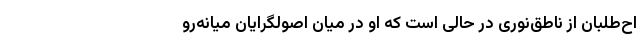
اح‌طلبان از ناطق‌نوری در حالی است که او در میان اصولگرایان میانه‌رو